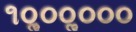
૧૦ૢ૦૦ૢ૦૦૦